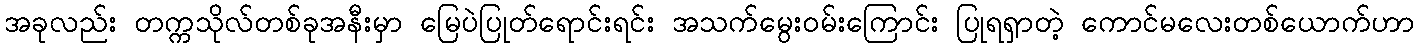
အခုလည်း တက္ကသိုလ်တစ်ခုအနီးမှာ မြေပဲပြုတ်ရောင်းရင်း အသက်မွေးဝမ်းကြောင်း ပြုရရှာတဲ့ ကောင်မလေးတစ်ယောက်ဟာ